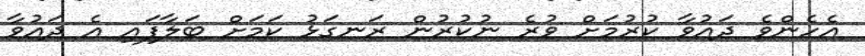
އެހެންވެ ދައުވާ ކުރުމަށް ވުރެ ނުކުރުން ރަނގަޅު ކަމަށް ބަލާފައި އެ ދައުވާ